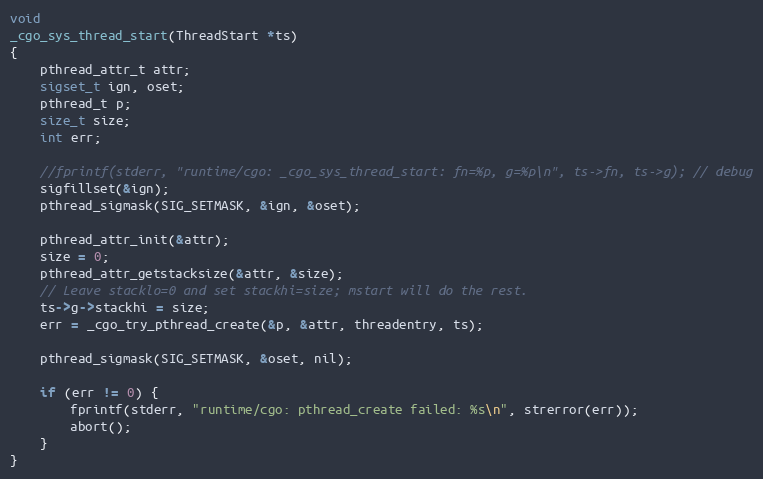
Language: C
void
_cgo_sys_thread_start(ThreadStart *ts)
{
	pthread_attr_t attr;
	sigset_t ign, oset;
	pthread_t p;
	size_t size;
	int err;

	//fprintf(stderr, "runtime/cgo: _cgo_sys_thread_start: fn=%p, g=%p\n", ts->fn, ts->g); // debug
	sigfillset(&ign);
	pthread_sigmask(SIG_SETMASK, &ign, &oset);

	pthread_attr_init(&attr);
	size = 0;
	pthread_attr_getstacksize(&attr, &size);
	// Leave stacklo=0 and set stackhi=size; mstart will do the rest.
	ts->g->stackhi = size;
	err = _cgo_try_pthread_create(&p, &attr, threadentry, ts);

	pthread_sigmask(SIG_SETMASK, &oset, nil);

	if (err != 0) {
		fprintf(stderr, "runtime/cgo: pthread_create failed: %s\n", strerror(err));
		abort();
	}
}